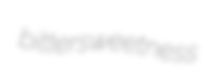
bittersweetness